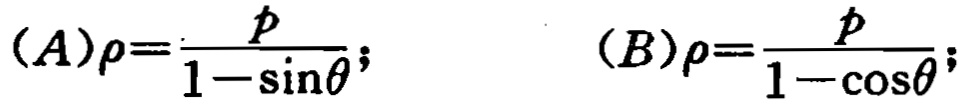
\((A)\rho=\frac{p}{1 - \sin\theta};\) \((B)\rho=\frac{p}{1 - \cos\theta};\)